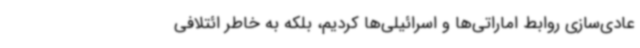
عادی‌سازی روابط اماراتی‌ها و اسرائیلی‌ها کردیم، بلکه به خاطر ائتلافی